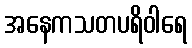
အနေကသတပရိဝါရေ